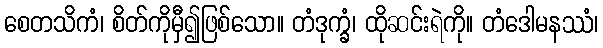
စေတသိကံ၊ စိတ်ကိုမှီ၍ဖြစ်သော။ တံဒုက္ခံ၊ ထိုဆင်းရဲကို။ တံဒေါမနဿံ၊